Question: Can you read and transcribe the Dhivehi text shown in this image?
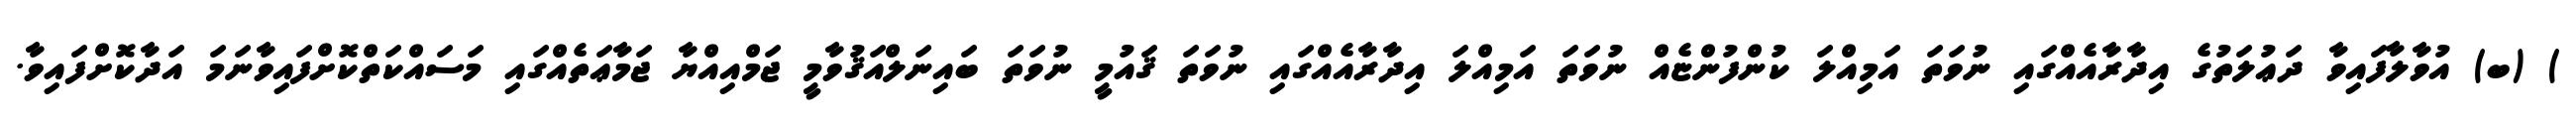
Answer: ) (ބ) އުވާލާފައިވާ ދަޢުލަތުގެ އިދާރާއެއްގައި ނުވަތަ އަމިއްލަ ކުންފުންޏެއް ނުވަތަ އަމިއްލަ އިދާރާއެއްގައި ނުވަތަ ޤައުމީ ނުވަތަ ބައިނަލްއަޤުވާމީ ޖަމްއިއްޔާ ޖަމާޢަތެއްގައި މަސައްކަތްކޮށްފައިވާނަމަ އަދާކޮށްފައިވާ.